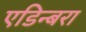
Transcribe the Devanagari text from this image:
एडिन्बरा